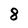
Character: 8